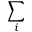
\sum _ { i }